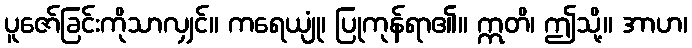
ပူဇော်ခြင်းကိုသာလျှင်။ ကရေယျုံ၊ ပြုကုန်ရာ၏။ ဣတိ၊ ဤသို့။ အာဟ၊